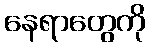
နေရာတွေကို